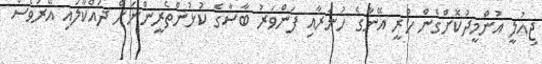
ޖިއުލީ އުންމީދުކޮށްގެން ހުރީ އޭނާގެ ހުނަރާއި ފަންވަރު ބާސާގެ ކުޅުންތެރީންނަށް ދައްކާލައި އޭރުވެސް